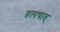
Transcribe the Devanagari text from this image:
तत्पचात्